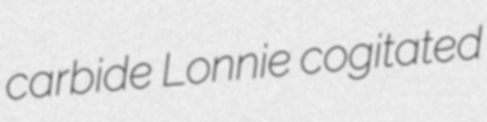
carbide Lonnie cogitated